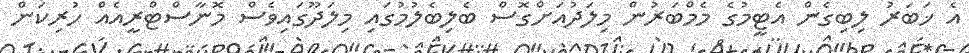
އެ ޚަބަރު ލިބިގެން އެޓީމުގެ މެމްބަރުން މިލަދުއަށްގޮސް ބެލިބެލުމުގައި މިލަދޫގައިވެސް މޮނާސްޓްރީއެއް ހުރިކަން